Civil Veterinary Dept. Assam report 1927-50 - 1927-1950
Year: 1927
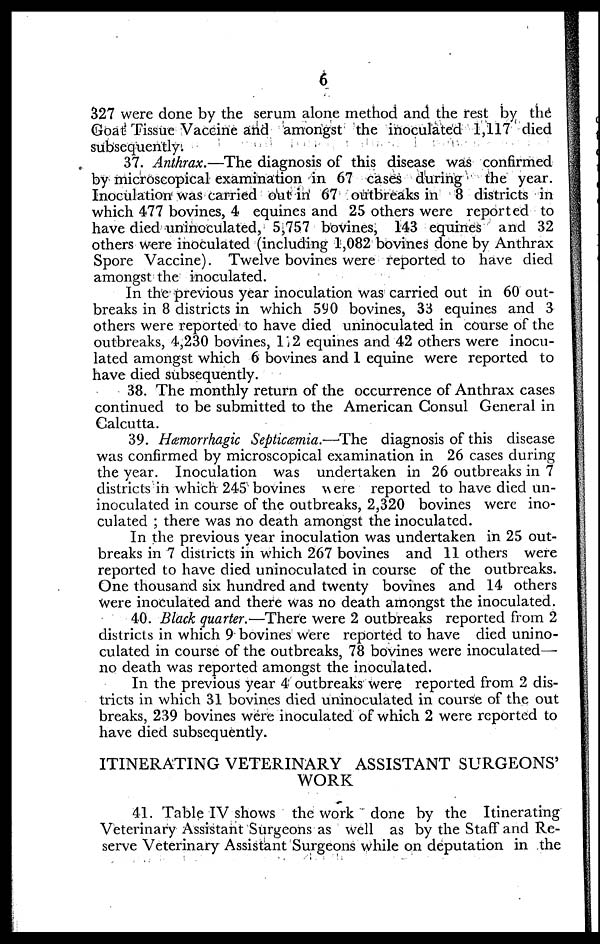
6
327 were done by the serum alone method and the rest by the
Goat Tissue Vaccine and amongst the inoculated 1,117 died
subsequently.
37. Anthrax.—The diagnosis of this disease was confirmed
by microscopical examination in 67 cases during
the year.
Inoculation was carried out in 67 outbreaks in 8 districts in
which 477 bovines, 4 equines and 25 others were reported to
have died uninoculated, 5,757 bovines, 143 equines and 32
others were inoculated (including 1,082 bovines done by Anthrax
Spore Vaccine). Twelve bovines were reported to have died
amongst the inoculated.
In the previous year inoculation was carried out in 60 out-
breaks in 8 districts in which 590 bovines, 33 equines and 3
others were reported to have died uninoculated in course of the
outbreaks, 4,230 bovines, 1", 2 equines and 42 others were inocu-
lated amongst which 6 bovines and 1 equine were reported to
have died subsequently.
38. The monthly return of the occurrence of Anthrax cases
continued to be submitted to the American Consul General in
Calcutta.
39. Hæmorrhagic Septicæmia.—The diagnosis of this disease
was confirmed by microscopical examination in 26 cases during
the year. Inoculation was undertaken in 26 outbreaks in 7
districts in which 245 bovines were reported to have died un-
inoculated in course of the outbreaks, 2,320 bovines were ino-
culated ; there was no death amongst the inoculated.
In the previous year inoculation was undertaken in 25 out-
breaks in 7 districts in which 267 bovines and 11 others were
reported to have died uninoculated in course of the outbreaks.
One thousand six hundred and twenty bovines and 14 others
were inoculated and there was no death amongst the inoculated.
40. Black quarter.—There were 2 outbreaks reported from 2
districts in which 9 bovines were reported to have died unino-
culated in course of the outbreaks, 78 bovines were inoculated—
no death was reported amongst the inoculated.
In the previous year 4 outbreaks were reported from 2 dis-
tricts in which 31 bovines died uninoculated in course of the out
breaks, 239 bovines were inoculated of which 2 were reported to
have died subsequently.
ITINERATING VETERINARY ASSISTANT SURGEONS'
WORK
41. Table IV shows the work done by the Itinerating
Veterinary Assistant Surgeons as well as by the Staff and Re-
serve Veterinary Assistant Surgeons while on deputation in the